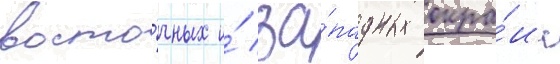
восто́чных и́ за́падных окра́ин